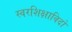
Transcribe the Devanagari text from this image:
स्वरशिक्षाविदों